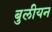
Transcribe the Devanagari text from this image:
बुलीयन